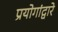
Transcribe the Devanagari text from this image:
प्रयोगांद्वारे